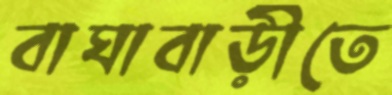
বাঘাবাড়ীতে